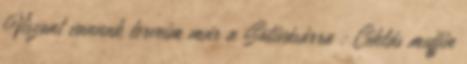
Viszont vannak terveim már a Sütivásárra : Céklás muffin